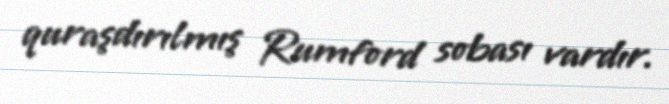
quraşdırılmış Rumford sobası vardır.